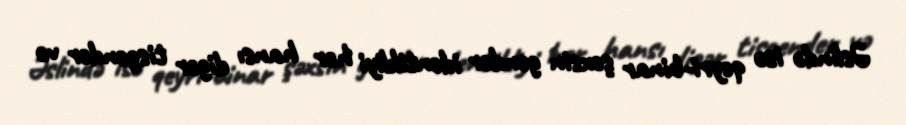
Əslində isə qeyri-binar şəxsin gender identikliyi hər hansı digər tisgender və